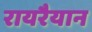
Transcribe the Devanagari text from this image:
रायरैयान